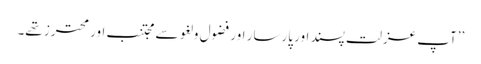
’’آپ عزلت پسند اور پارسار اور فضول و لغو سے مجتنب اور محترز تھے۔